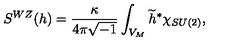
S ^ { W Z } ( h ) = \frac { \kappa } { 4 \pi \sqrt { - 1 } } \int _ { V _ { M } } \widetilde { h } ^ { \ast } \chi _ { S U ( 2 ) } ,